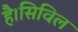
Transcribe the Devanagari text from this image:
है।सिविल